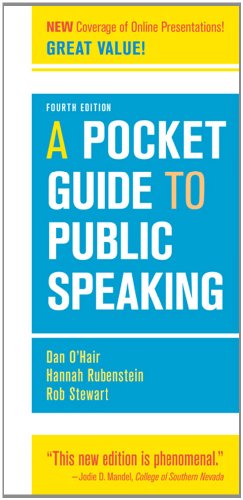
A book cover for A Pocket Guide to Public Speaking, 4th Edition; Dan O'Hair; Politics & Social Sciences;